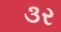
૩ર